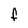
Character: f